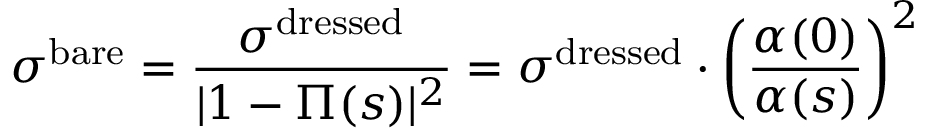
\sigma ^ { \mathrm { b a r e } } = \frac { \sigma ^ { \mathrm { d r e s s e d } } } { | 1 - \Pi ( s ) | ^ { 2 } } = \sigma ^ { \mathrm { d r e s s e d } } \cdot \left( \frac { \alpha ( 0 ) } { \alpha ( s ) } \right) ^ { 2 }